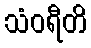
သံဝရီတိ